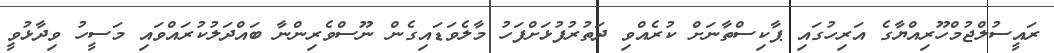
ރައީސުލްޖުމްހޫރިއްޔާގެ އަރިހުގައި ޕާކިސްތާނަށް ކުރެއްވި ދަތުރުފުޅަށްފަހު މާލެވަޑައިގެން ނޫސްވެރިންނާ ބައްދަލުކުރައްވައި މަސީހު ވިދާޅުވީ